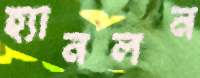
হ্যানলন